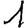
Digit: 1